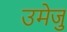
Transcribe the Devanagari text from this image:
उमेजु